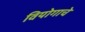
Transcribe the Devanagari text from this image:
वियोगाचे